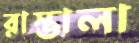
রাস্তালা